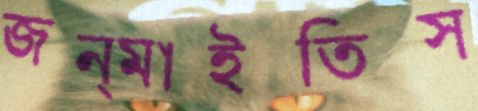
জন্মাইতিস